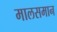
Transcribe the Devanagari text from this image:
मालसमान